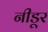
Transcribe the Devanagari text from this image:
नीडूर